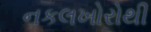
નકલખોરોથી